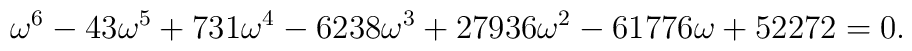
\omega^6-43\omega^5+731\omega^4-6238\omega^3+27936\omega^2-61776\omega+52272 =0.